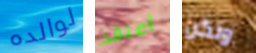
لوالده أعتقد ولكن